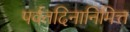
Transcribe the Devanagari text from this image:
पर्वतदिनानिमित्त